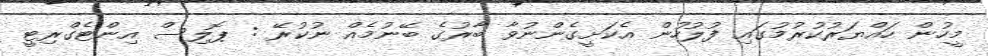
މީހުން ހައްޔަރުކުރުމުގައި ފުލުހުން އެކަށީގެންނުވާ ބާރުގެ ބޭނުމެއް ނުކުރޭ : ޕޮލިސް އިންޓެގްރިޓީ